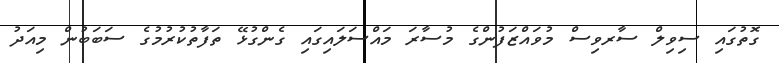
ގޮތުގައި ސިވިލް ސާރވިސް މުވައްޒަފުންގެ މުސާރަ މައްސަލައިގައި ގެންގުޅޭ ތަފާތުކުރުމުގެ ސަބަބުން މިއަދު